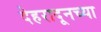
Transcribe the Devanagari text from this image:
देहरादूनच्या